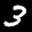
Label: 3